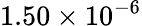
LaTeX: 1.50\times 10^{-6}